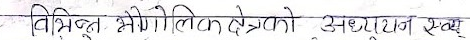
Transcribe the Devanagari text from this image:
विविध भौगोलिक क्षेत्रको अध्ययन स्वय